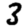
Digit: 3